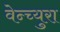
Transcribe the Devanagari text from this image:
वेन्च्युरा